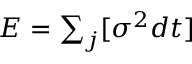
\begin{array} { r } { E = \sum _ { j } [ \sigma ^ { 2 } d t ] } \end{array}